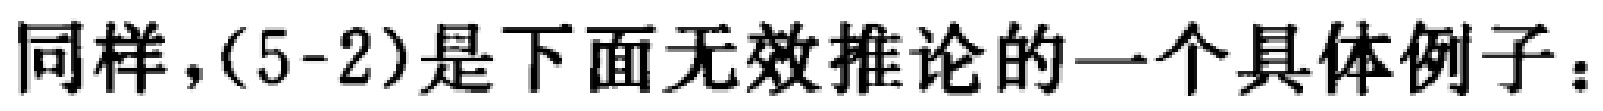
同样，(5-2)是下面无效推论的一个具体例子：